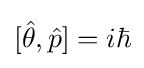
[{\hat {\theta }},{\hat {p}}]=i\hbar